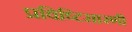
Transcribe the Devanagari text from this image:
प्रविष्टिसारणी